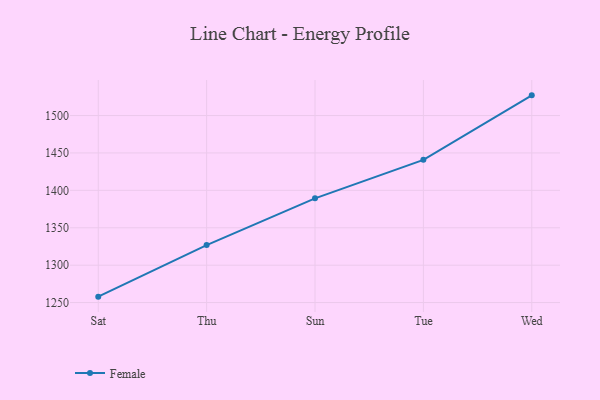
{"axis": {"x": "Day", "y": "Conversion Rate (%)"}, "legend": ["Female"], "data": [{"x": "Sat", "y": 1257.9, "type": "Female"}, {"x": "Thu", "y": 1326.8, "type": "Female"}, {"x": "Sun", "y": 1389.3, "type": "Female"}, {"x": "Tue", "y": 1440.8, "type": "Female"}, {"x": "Wed", "y": 1527.0, "type": "Female"}]}